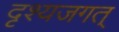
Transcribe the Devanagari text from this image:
दृश्यजगत्